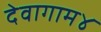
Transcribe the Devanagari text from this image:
देवागाम४